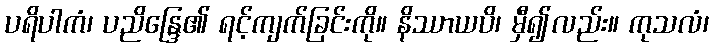
ပရိပါကံ၊ ပညိန္ဒြေ၏ ရင့်ကျက်ခြင်းကို။ နိဿာယပိ၊ မှီ၍လည်း။ ကုသလံ၊